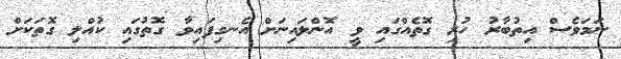
ނަމަވެސް އިތުބާރު ހުރި ގޮތެއްގައި ވީ އޮންލައިނަށް އެނގިފައިވާ ގޮތުގައި ކުއްލި ގޮތަކަށް